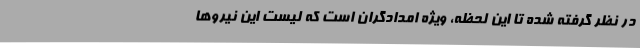
در نظر گرفته شده تا این لحظه، ویژه امدادگران است که لیست این نیروها